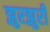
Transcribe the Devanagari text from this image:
झुरझुरी